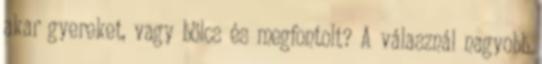
akar gyereket, vagy bölcs és megfontolt? A válasznál nagyobb